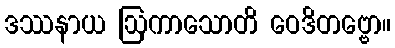
ဒဿနာယ ဩကာသောတိ ဝေဒိတဗ္ဗော။